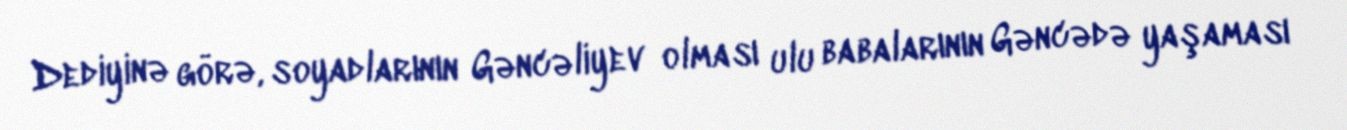
Dediyinə görə, soyadlarının Gəncəliyev olması ulu babalarının Gəncədə yaşaması